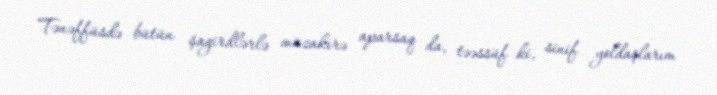
Tənəffüsdə bütün şagirdlərlə müzakirə aparsaq da, təəssüf ki, sinif yoldaşlarım